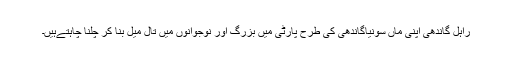
راہل گاندھی اپنی ماں سونیاگاندھی کی طرح پارٹی میں بزرگ اور نوجوانوں میں تال میل بنا کر چلنا چاہتےہیں۔